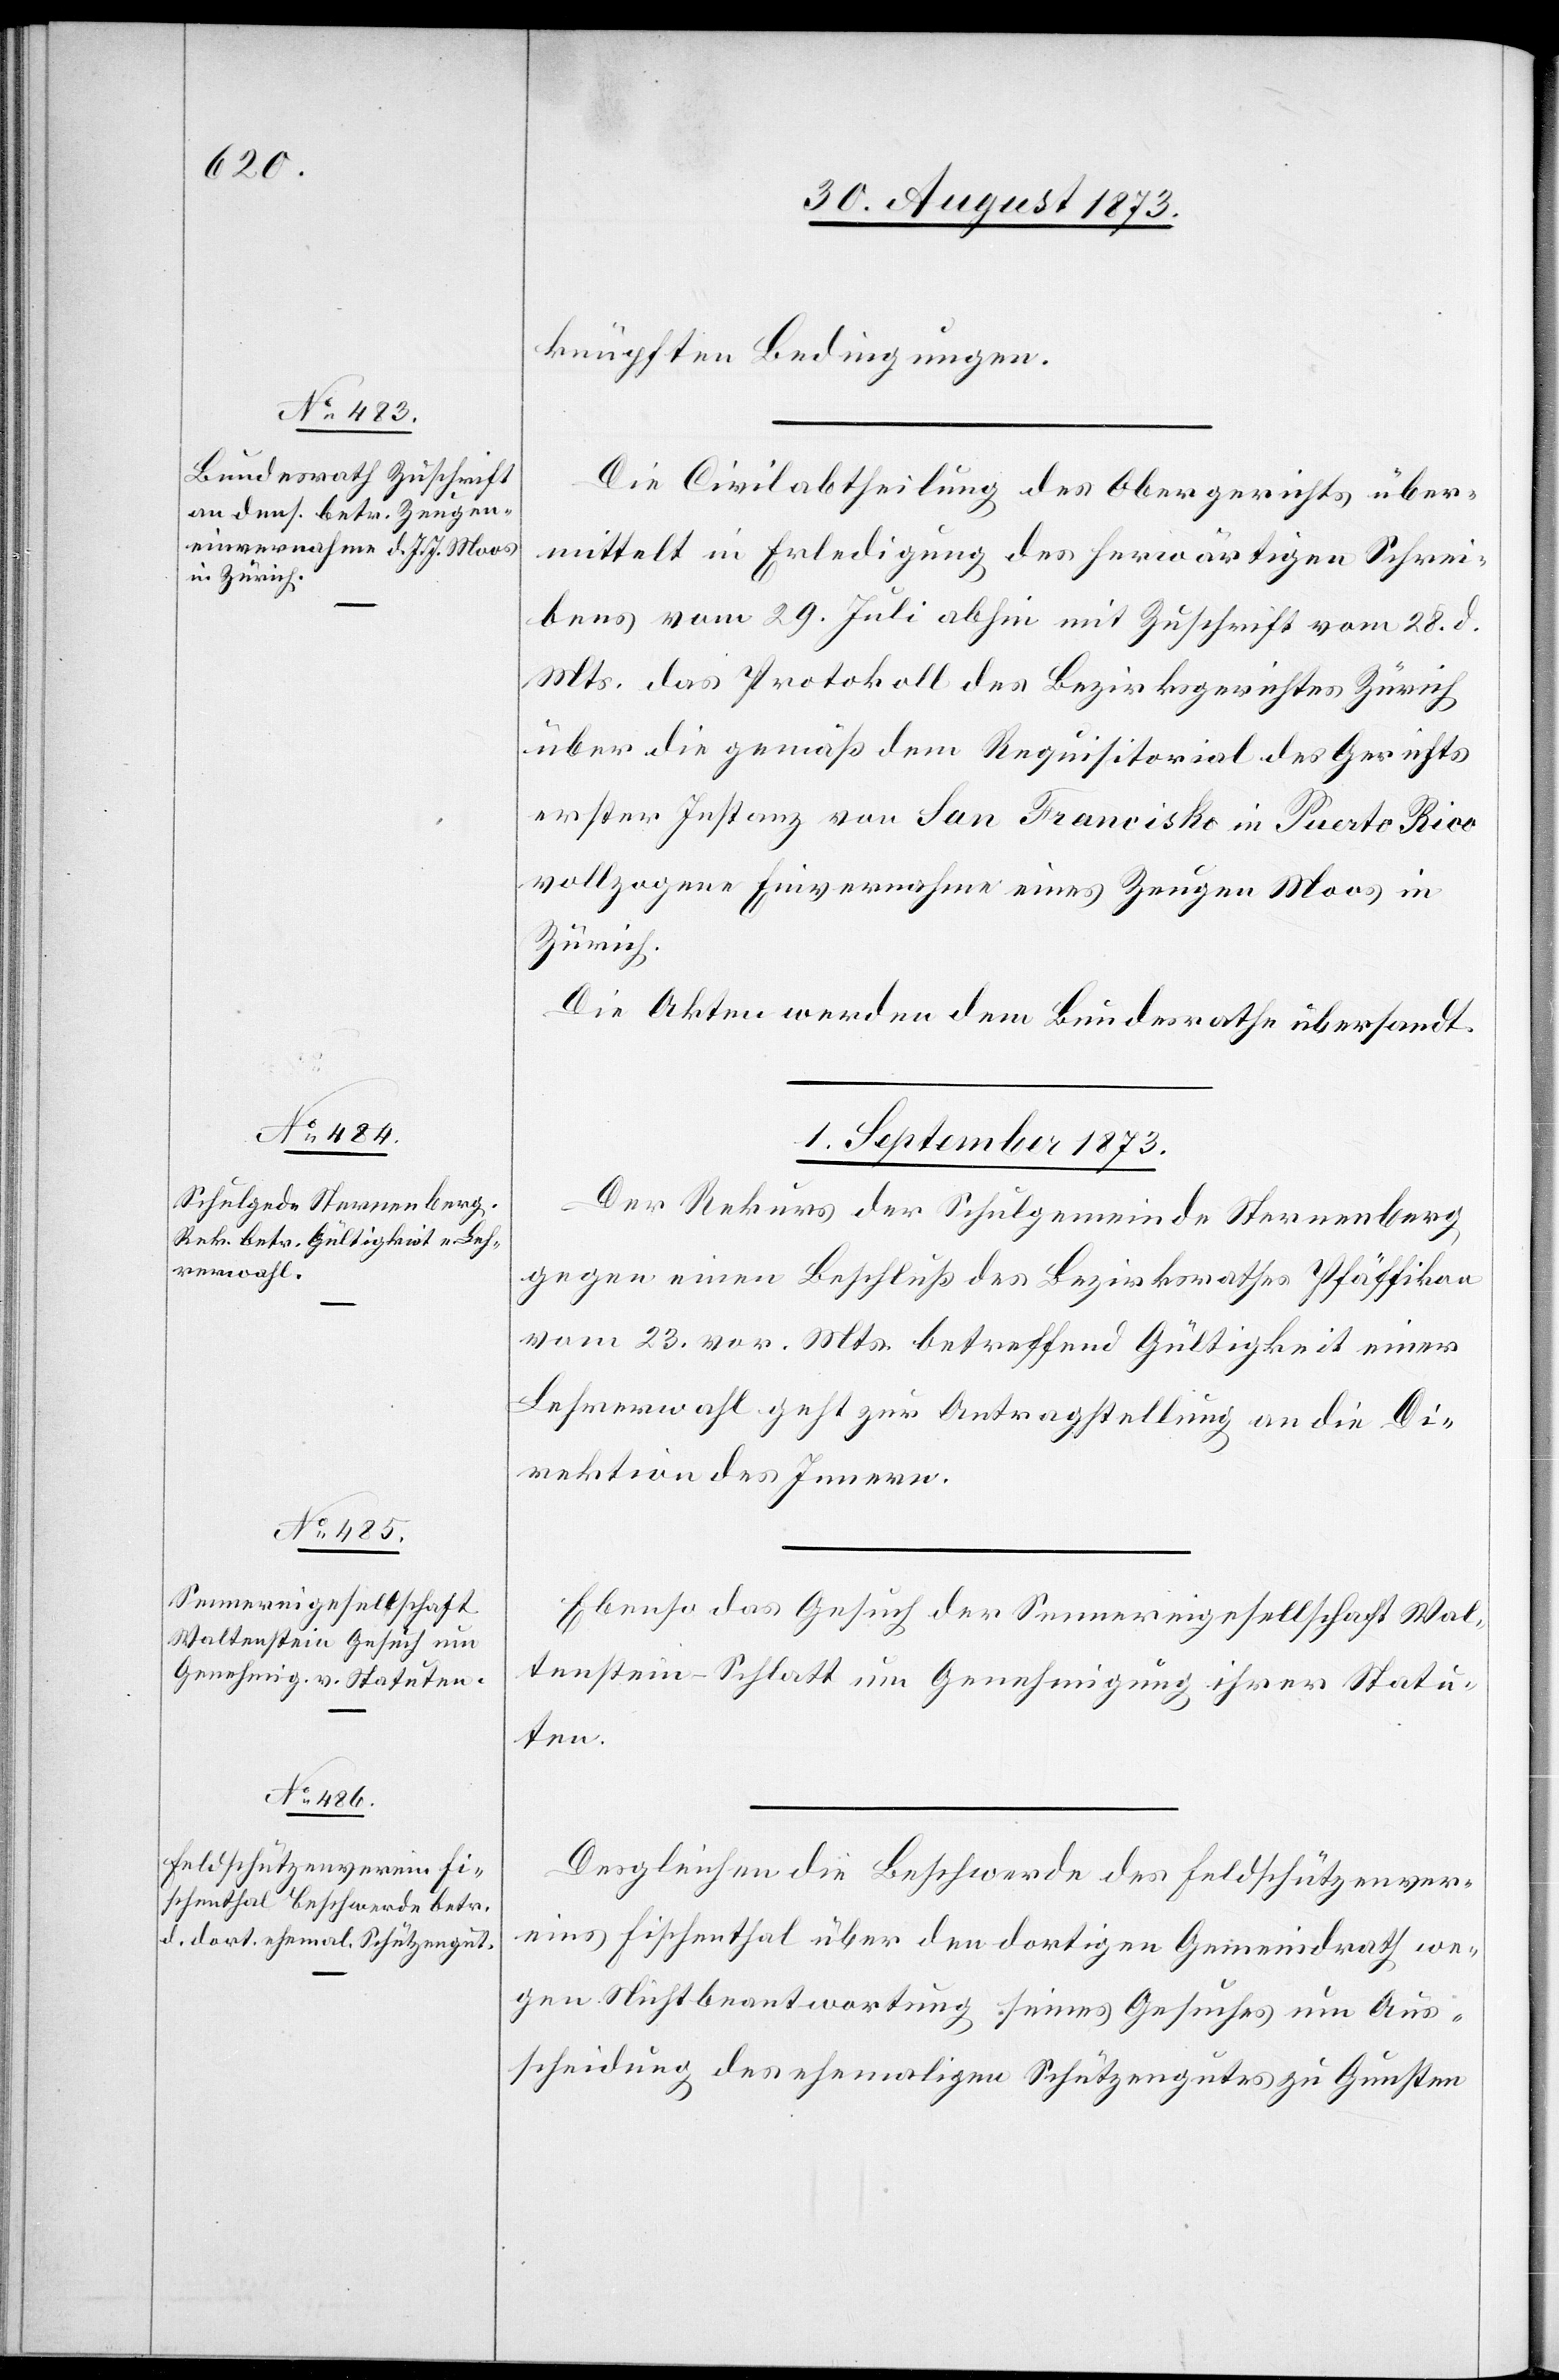
30. August 1873.]
knüpften Bedingungen.
Die Civilabtheilung des Obergerichts über¬
mittelt in Erledigung des herwärtigen Schrei¬
bens vom 29. Juli abhin mit Zuschrift vom 28. d.
Mts. das Protokoll des Bezirksgerichtes Zürich
über die gemäß dem Requisitorial des Gerichts
erster Instanz von San Francisko in Puerto Rico
vollzogene Einvernahme eines Zeugen Moos in
Zürich.
Die Akten werden dem Bundesrathe übersandt.
1. September 1873.]
Der Rekurs der Schulgemeinde Sternenberg
gegen einen Beschluß des Bezirksrathes Pfäffikon
vom 23. vor. Mts. betreffend Gültigkeit einer
Lehrerwahl geht zur Antragstellung an die Di¬
rektion des Innern.
Ebenso das Gesuch der Sennereigesellschaft Wal¬
tenstein-Schlatt um Genehmigung ihrer Statu¬
ten.
Desgleichen die Beschwerde des Feldschützenver¬
eins Fischenthal über den dortigen Gemeindrath we¬
gen Nichtbeantwortung seines Gesuches um Aus¬
scheidung des ehemaligen Schützengutes zu Gunsten